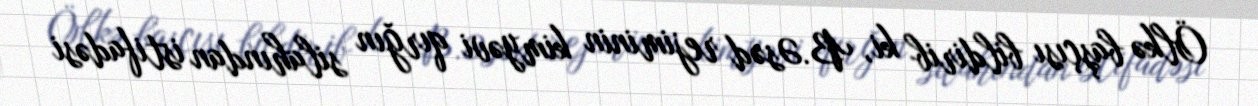
Ölkə başçısı bildirib ki, B.Əsəd rejiminin kimyəvi qırğın silahından istifadəsi